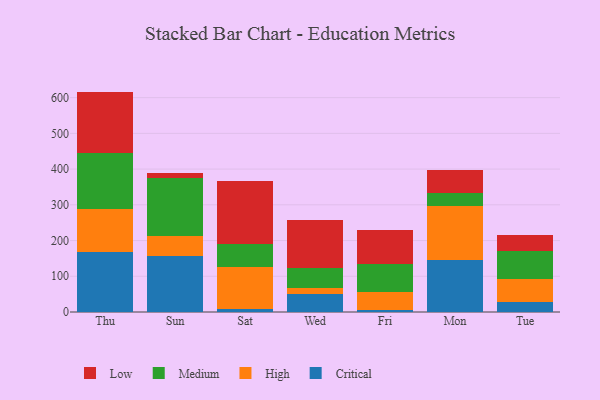
{"axis": {"x": "Day", "y": "Bounce Rate (%)"}, "legend": ["Critical", "High", "Low", "Medium"], "data": [{"x": "Thu", "y": 167.6, "type": "Critical"}, {"x": "Thu", "y": 120.5, "type": "High"}, {"x": "Thu", "y": 157.6, "type": "Medium"}, {"x": "Thu", "y": 171.2, "type": "Low"}, {"x": "Sun", "y": 156.2, "type": "Critical"}, {"x": "Sun", "y": 55.2, "type": "High"}, {"x": "Sun", "y": 163.8, "type": "Medium"}, {"x": "Sun", "y": 12.7, "type": "Low"}, {"x": "Sat", "y": 7.6, "type": "Critical"}, {"x": "Sat", "y": 119.7, "type": "High"}, {"x": "Sat", "y": 64.0, "type": "Medium"}, {"x": "Sat", "y": 176.3, "type": "Low"}, {"x": "Wed", "y": 50.6, "type": "Critical"}, {"x": "Wed", "y": 17.0, "type": "High"}, {"x": "Wed", "y": 55.6, "type": "Medium"}, {"x": "Wed", "y": 134.0, "type": "Low"}, {"x": "Fri", "y": 5.7, "type": "Critical"}, {"x": "Fri", "y": 49.7, "type": "High"}, {"x": "Fri", "y": 80.3, "type": "Medium"}, {"x": "Fri", "y": 95.2, "type": "Low"}, {"x": "Mon", "y": 145.2, "type": "Critical"}, {"x": "Mon", "y": 152.3, "type": "High"}, {"x": "Mon", "y": 34.9, "type": "Medium"}, {"x": "Mon", "y": 65.0, "type": "Low"}, {"x": "Tue", "y": 28.7, "type": "Critical"}, {"x": "Tue", "y": 64.7, "type": "High"}, {"x": "Tue", "y": 77.1, "type": "Medium"}, {"x": "Tue", "y": 45.8, "type": "Low"}]}